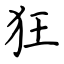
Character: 狂